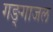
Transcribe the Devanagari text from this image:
गङ्गाजल